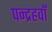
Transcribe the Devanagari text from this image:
पन्द्रहवाँ